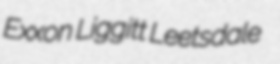
Exxon Liggitt Leetsdale